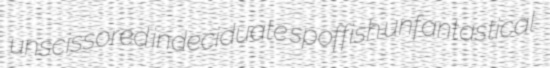
unscissored indeciduate spoffish unfantastical